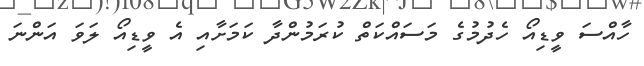
ހާއްސަ ވީޑިއޯ ހެދުމުގެ މަސައްކަތް ކުރަމުންދާ ކަމަށާއި އެ ވީޑިއޯ ލަވަ އަންނަ